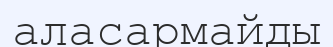
аласармайды